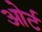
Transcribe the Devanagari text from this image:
ओर्ट